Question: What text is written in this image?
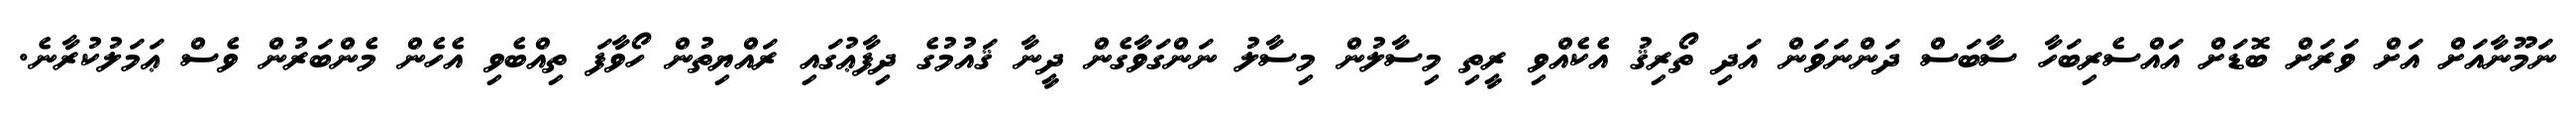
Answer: ނަމޫނާއަށް އަށް ވަރަށް ބޮޑަށް އައްސެރިބަހާ ސާބަސް ދަންނަވަން އަދި ތޯރިޤު އެކެއްވި ރީތި މިސާލުން މިސާލު ނަންގަވާގެން ދީނާ ޤައުމުގެ ދިފާޢުގައި ރައްޔިތުން ހޯވާފަ ތިއްބެވި އެހެން މެންބަރުން ވެސް ޢަމަލުކުރާނެ.